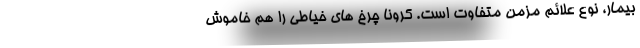
بیمار، نوع علائم مزمن متفاوت است. کرونا چرخ های خیاطی را هم خاموش